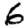
Digit: 6